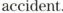
accident.